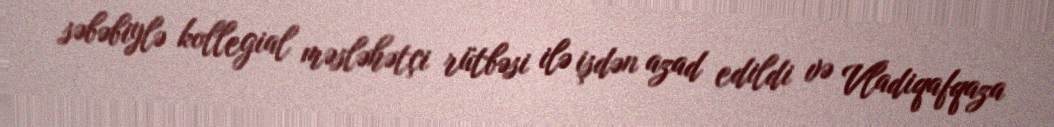
səbəbiylə kollegial məsləhətçi rütbəsi ilə işdən azad edildi və Vladiqafqaza